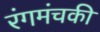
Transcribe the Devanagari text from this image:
रंगमंचकी